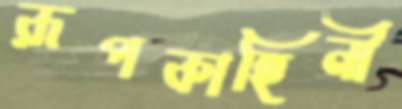
রূপকাহিনী